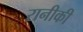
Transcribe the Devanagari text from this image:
रानीकी